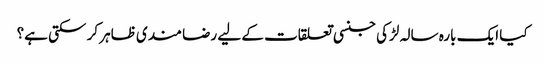
کیا ایک بارہ سالہ لڑکی جنسی تعلقات کے لیے رضا مندی ظاہر کر سکتی ہے؟